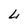
Character: L